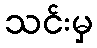
သင်းမှ